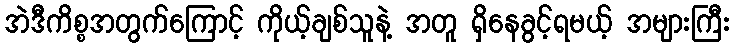
အဲဒီကိစ္စအတွက်ကြောင့် ကိုယ့်ချစ်သူနဲ့ အတူ ရှိနေခွင့်ရမယ့် အများကြီး